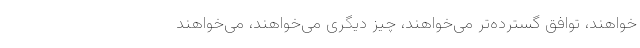
‌خواهند، توافق گسترده‌تر می‌خواهند، چیز دیگری می‌خواهند، می‌‌خواهند